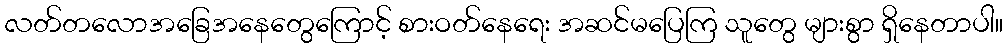
လတ်တလောအခြေအနေတွေကြောင့် စားဝတ်နေရေး အဆင်မပြေကြ သူတွေ များစွာ ရှိနေတာပါ။